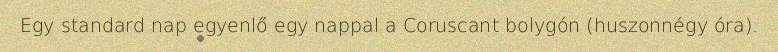
Egy standard nap egyenlő egy nappal a Coruscant bolygón (huszonnégy óra).